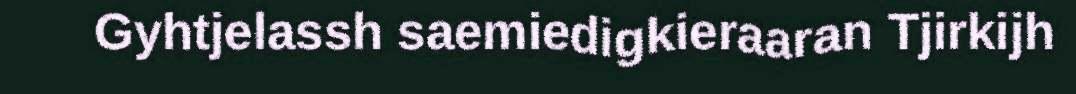
Gyhtjelassh saemiedigkieraaran Tjirkijh